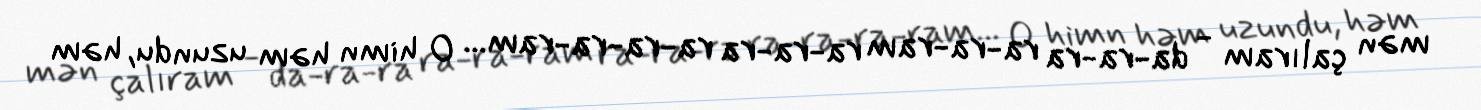
mən çalıram - da-ra-ra ra-ra-ram ra-ra-ra ra-ra-ra-ram... O himn həm uzundu, həm